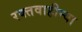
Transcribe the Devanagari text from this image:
रक्तवाहीन्या